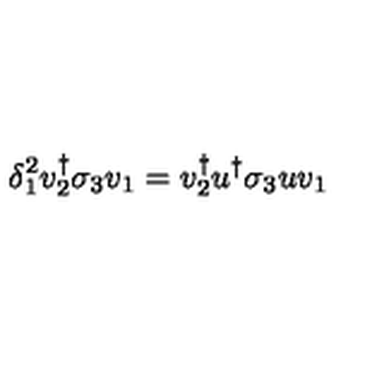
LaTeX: \delta _ { 1 } ^ { 2 } v _ { 2 } ^ { \dagger } \sigma _ { 3 } v _ { 1 } = v _ { 2 } ^ { \dagger } u ^ { \dagger } \sigma _ { 3 } u v _ { 1 }